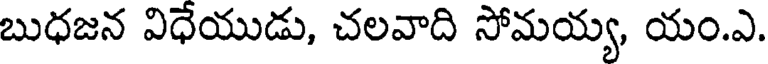
బుధజన విధేయుడు, చలవాది సోమయ్య, యం.ఎ.